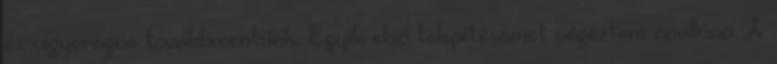
és vigyorogva továbbmentünk. Egyik első telepítésemet végeztem önállóan. A